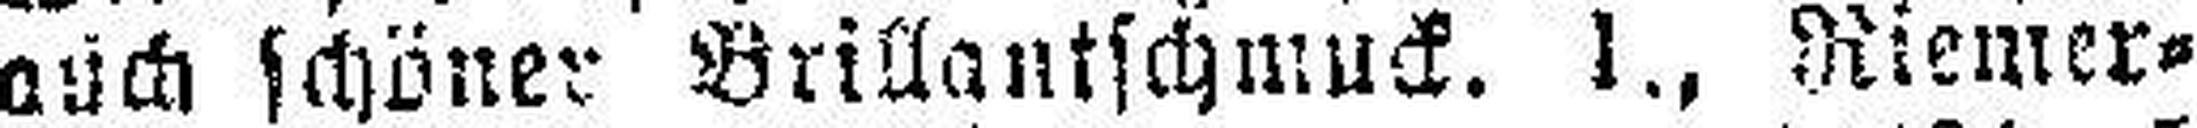
auch schöner Brillantschmuck, 1., Riemer¬